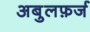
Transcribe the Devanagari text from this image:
अबुलफ़र्ज